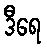
ဒီရေ